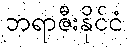
ဘရာဇီးနိုင်ငံ